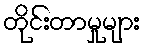
တိုင်းတာမှုများ